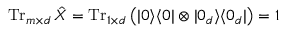
\operatorname { T r } _ { m \times d } \hat { X } = \operatorname { T r } _ { 1 \times d } \big ( | 0 \rangle \langle 0 | \otimes | 0 _ { d } \rangle \langle 0 _ { d } | \big ) = 1